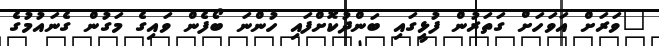
"ވަރަށް އަވަހަށް ގަތަރުން ފުޅީގައި ބަންދުކޮށްފައި ހުންނަ ބޯފެން ވައިގެ މަގުން ގެނައުމުގެ